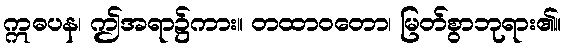
ဣဓပန၊ ဤအရာ၌ကား။ တထာဝတော၊ မြတ်စွာဘုရား၏။